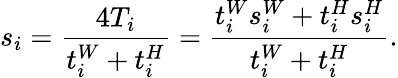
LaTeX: s_{i}=\frac{4T_{i}}{t_{i}^{W}+t_{i}^{H}}=\frac{t_{i}^{W}s_{i}^{W}+t_{i}^{H}s_{i}^{H}}{t_{i}^{W}+t_{i}^{H}}.